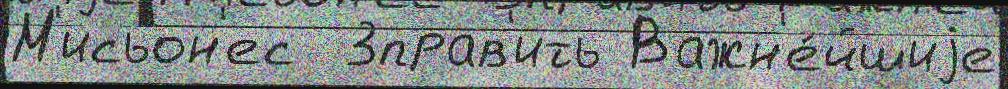
М'исьон'ес  3прав'ить Важн'е́йшиjе